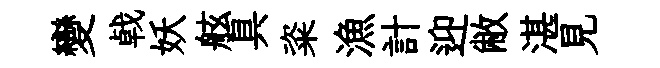
變㦸妖舷具粢漁計迎敝湛見